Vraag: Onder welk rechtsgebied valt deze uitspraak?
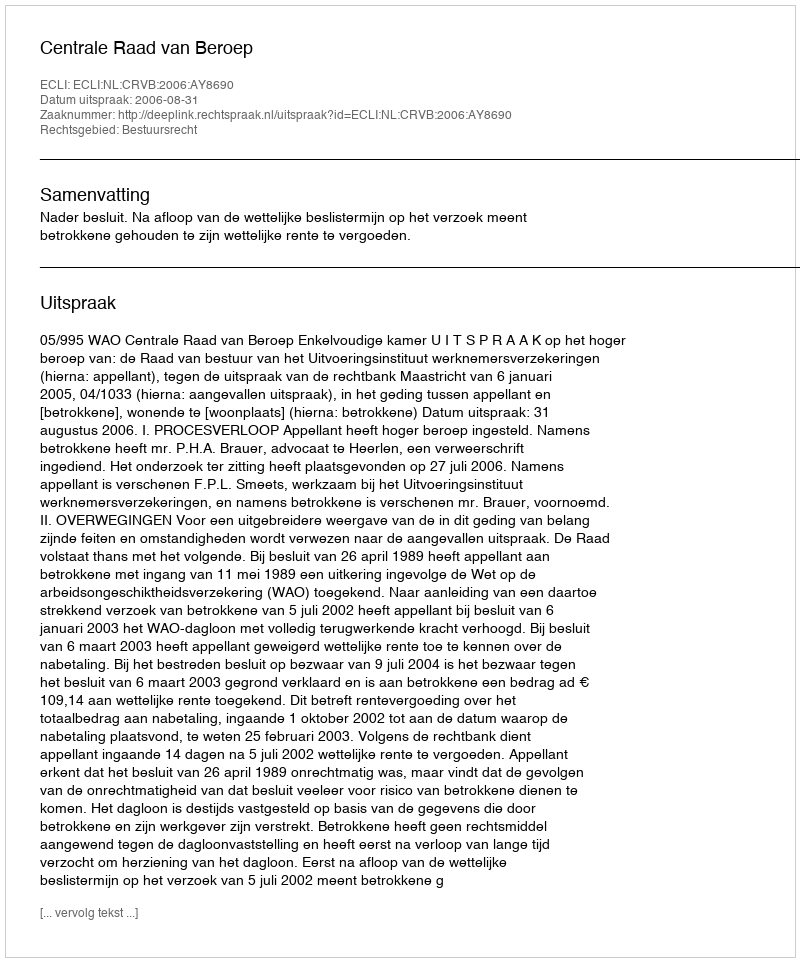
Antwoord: Bestuursrecht